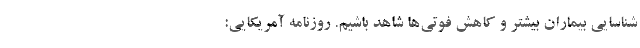
شناسایی بیماران بیشتر و کاهش فوتی‌ها شاهد باشیم. روزنامه آمریکایی: